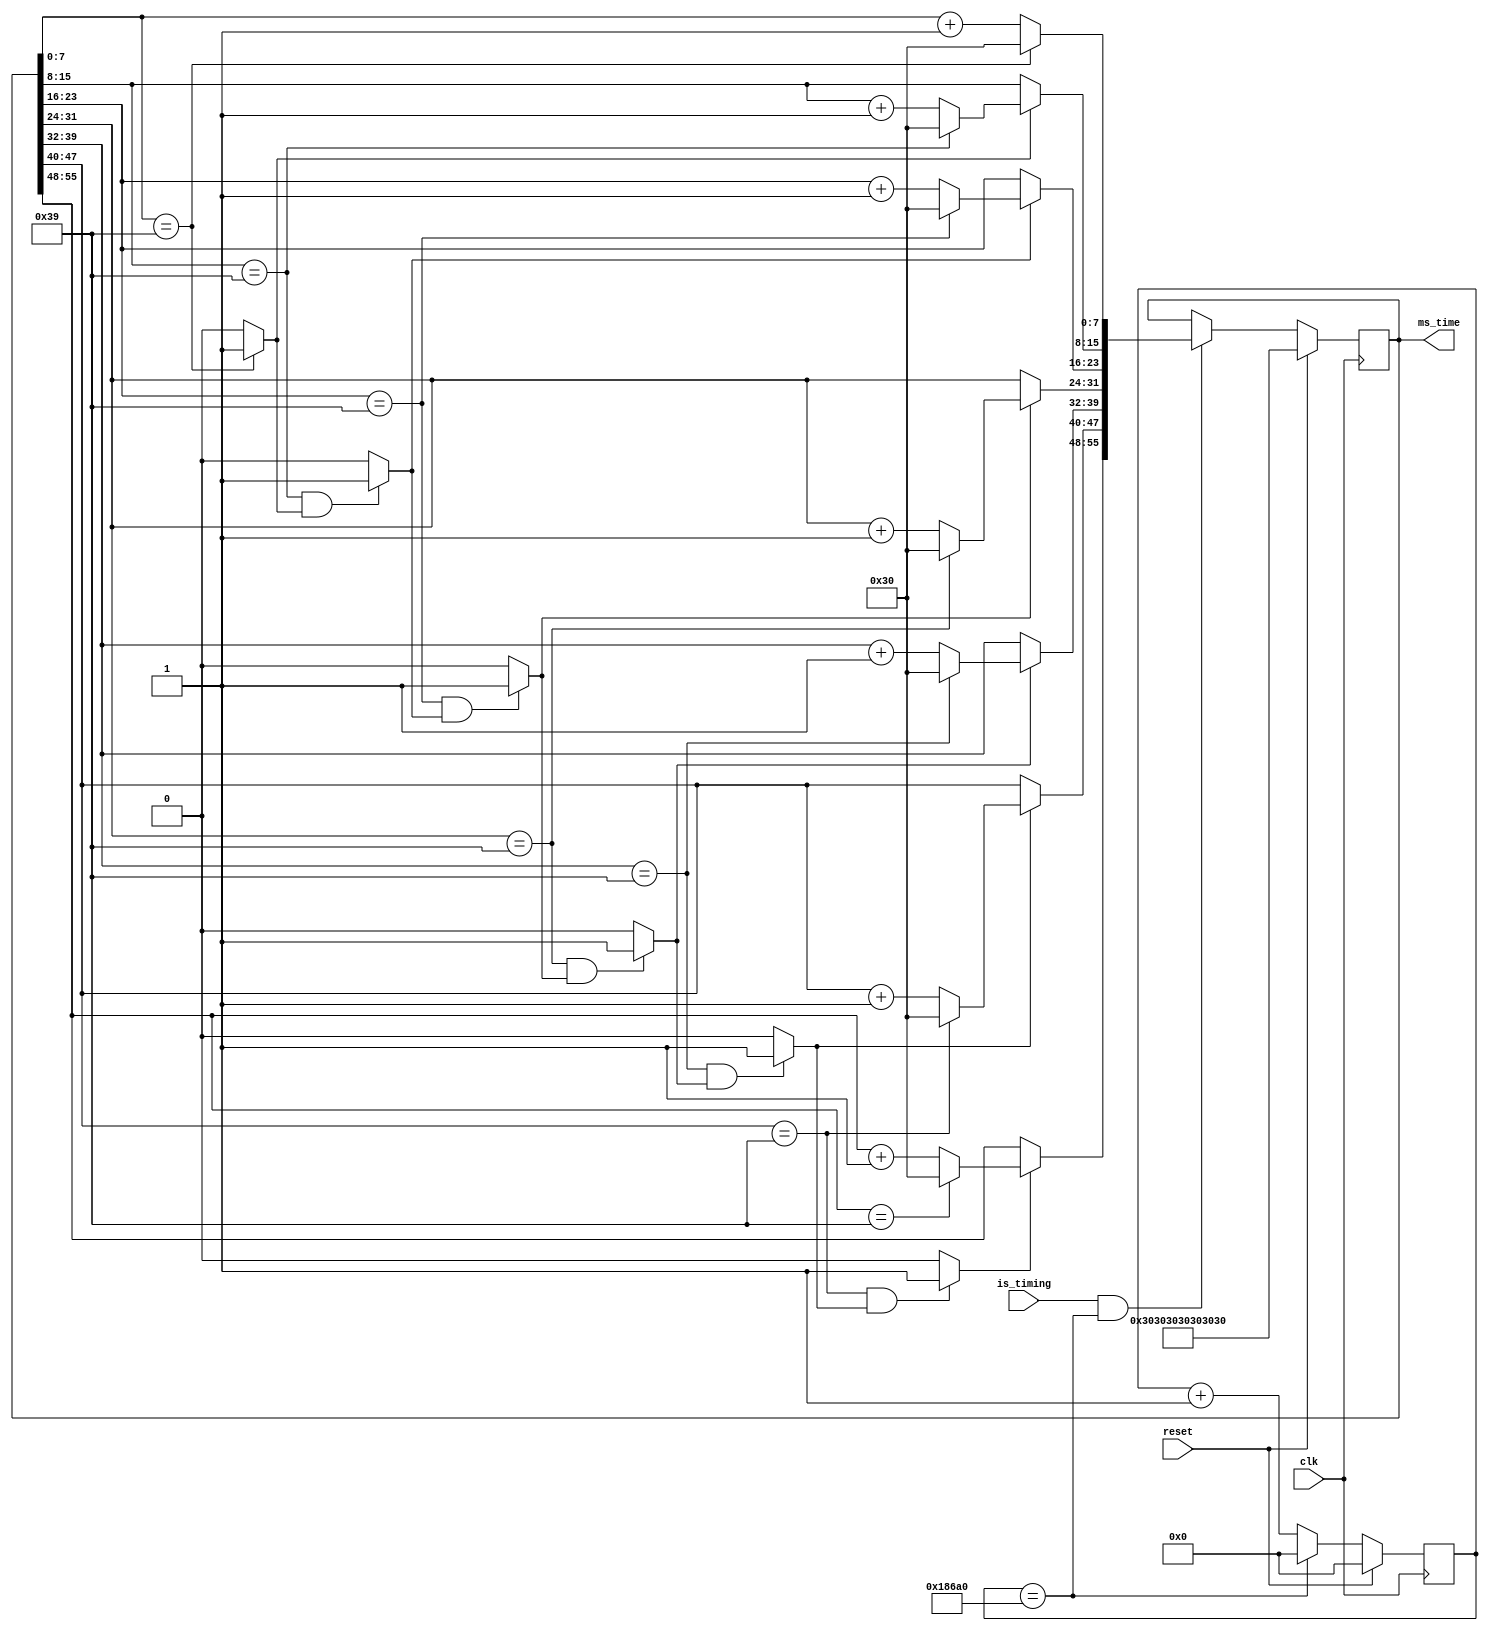
`timescale 1ns / 1ps
//////////////////////////////////////////////////////////////////////////////////
// Company: 
// Engineer: 
// 
// Design Name: 
// Module Name: stopwatch
// Project Name: 
// Target Devices: 
// Tool Versions: 
// Description: 
// 
// Dependencies: 
// 
// Revision:
// Revision 0.01 - File Created
// Additional Comments:
// 
//////////////////////////////////////////////////////////////////////////////////

module stopwatch(
  input clk, reset, is_timing,
  output [55:0] ms_time
);

  reg [16:0] count;
  reg [55:0] ms_number;
  wire [55:0] ms_next;
  wire ms_tick;
  wire [7:0] digit [0:6];
  wire carry [0:6];

  assign ms_tick = (count == 100000);

  always @(posedge clk) begin
    if (reset)
      count <= 0;
    else
      count <= ms_tick ? 0 : count + 1;
  end

  always @(posedge clk) begin
    if (reset) 
      ms_number <= 56'h30_30_30_30_30_30_30;
    else
      ms_number <= (is_timing && ms_tick) ? ms_next : ms_number;
  end

  // next number = current number + 1
  assign digit[0] = (ms_number[7:0] == 8'h39) ?  8'h30 : (ms_number[7:0] + 4'h1);
  assign carry[0] = (ms_number[7:0] == 8'h39) ? 1'b1 : 1'b0;
  assign digit[1] = carry[0] ? ((ms_number[15:8] == 8'h39) ? 8'h30 : (ms_number[15:8] + 4'h1)) : ms_number[15:8];
  assign carry[1] = (ms_number[15:8] == 8'h39 && carry[0]) ? 1'b1 : 1'b0;
  assign digit[2] = carry[1] ? ((ms_number[23:16] == 8'h39) ? 8'h30 : (ms_number[23:16] + 4'h1)) : ms_number[23:16];
  assign carry[2] = (ms_number[23:16] == 8'h39 && carry[1]) ? 1'b1 : 1'b0;
  assign digit[3] = carry[2] ? ((ms_number[31:24] == 8'h39) ? 8'h30 : (ms_number[31:24] + 4'h1)) : ms_number[31:24];
  assign carry[3] = (ms_number[31:24] == 8'h39 && carry[2]) ? 1'b1 : 1'b0;
  assign digit[4] = carry[3] ? ((ms_number[39:32] == 8'h39) ? 8'h30 : (ms_number[39:32] + 4'h1)) : ms_number[39:32];
  assign carry[4] = (ms_number[39:32] == 8'h39 && carry[3]) ? 1'b1 : 1'b0;
  assign digit[5] = carry[4] ? ((ms_number[47:40] == 8'h39) ? 8'h30 : (ms_number[47:40] + 4'h1)) : ms_number[47:40];
  assign carry[5] = (ms_number[47:40] == 8'h39 && carry[4]) ? 1'b1 : 1'b0;
  assign digit[6] = carry[5] ? ((ms_number[55:48] == 8'h39) ? 8'h30 : (ms_number[55:48] + 4'h1)) : ms_number[55:48];

  assign ms_next = {digit[6], digit[5], digit[4], digit[3], digit[2], digit[1], digit[0]};

  // output
  assign ms_time = ms_number;

endmodule